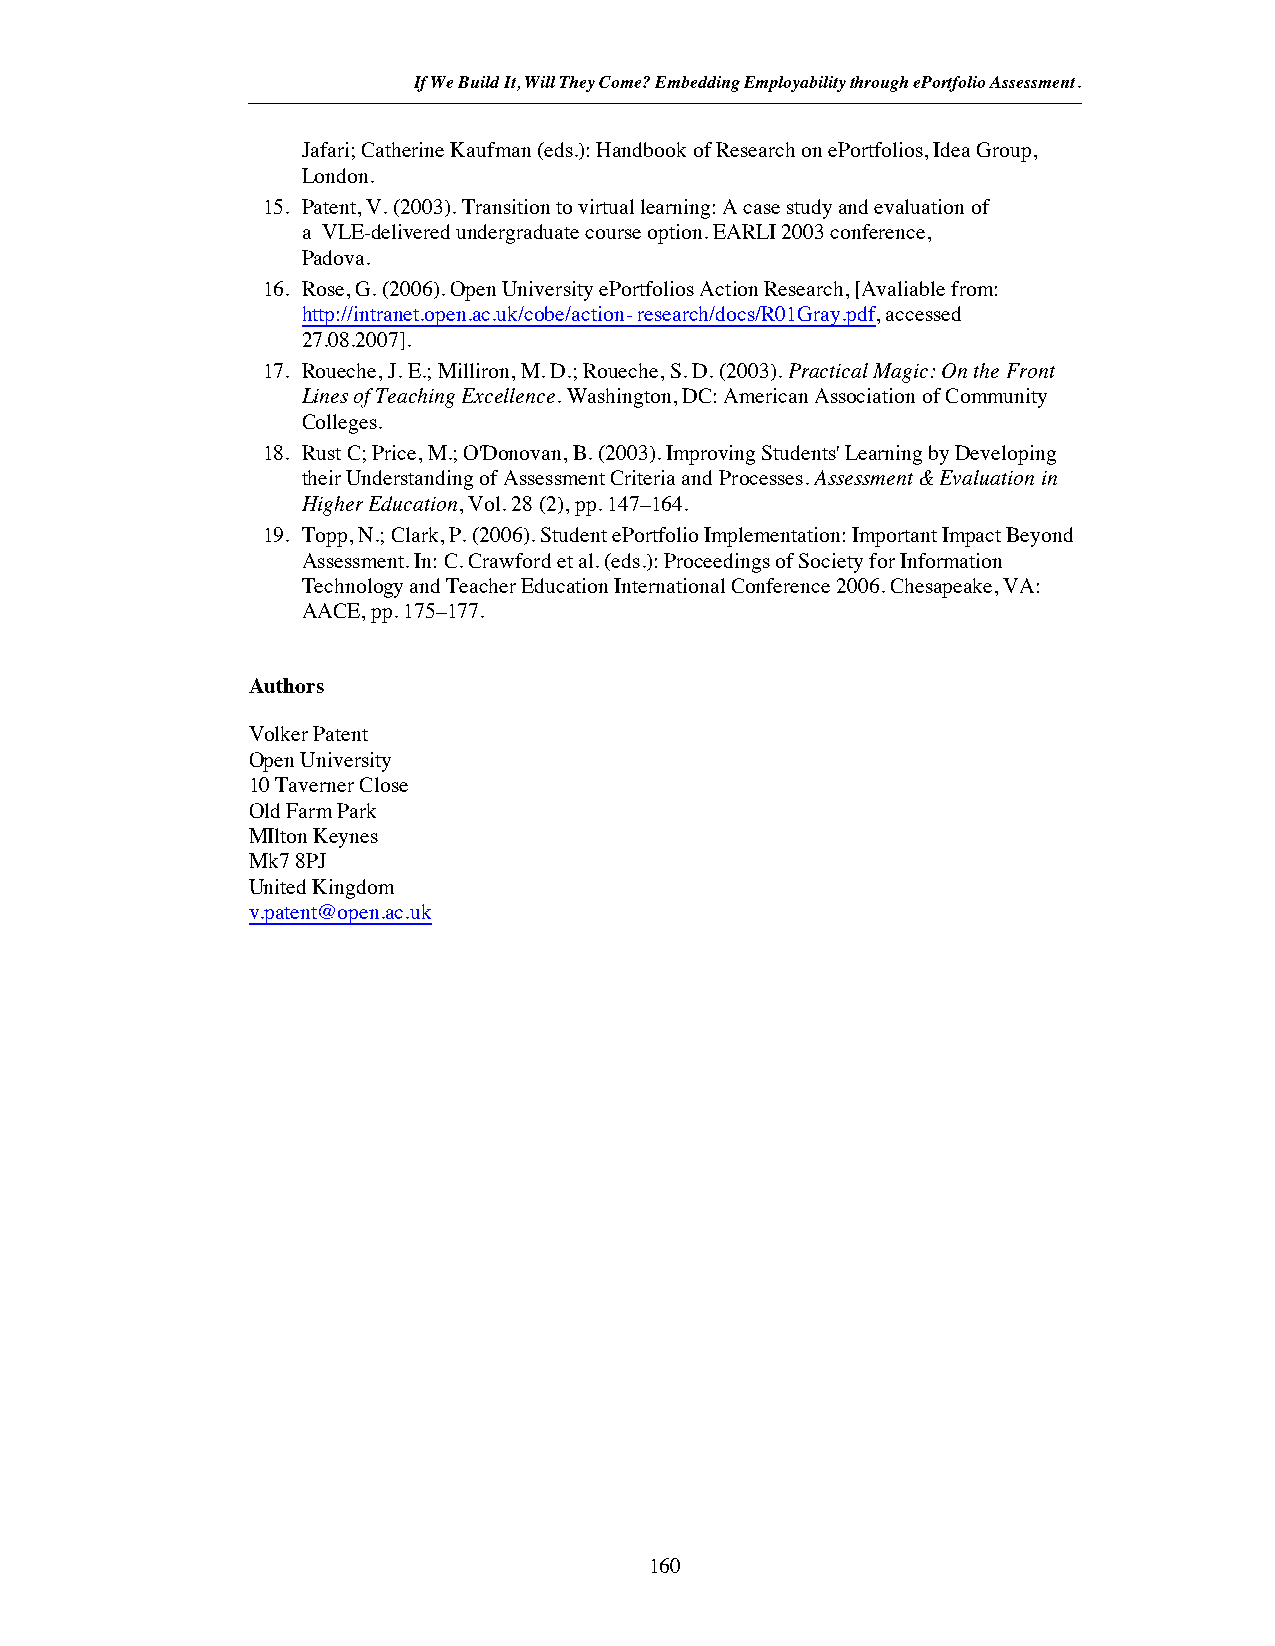
If We Build It, Will They Come? Embedding Employability through ePortfolio Assessment.
 Jafari; Catherine Kaufman (eds.): Handbook of Research on ePortfolios, Idea Group,
 London.
 15. Patent, V. (2003). Transition to virtual learning: A case study and evaluation of
 a VLE-delivered undergraduate course option. EARLI 2003 conference,
 Padova.
 16. Rose, G. (2006). Open University ePortfolios Action Research, [Avaliable from:
 http://intranet.open.ac.uk/cobe/action- research/docs/R01Gray.pdf, accessed
 27.08.2007].
 17. Roueche, J. E.; Milliron, M. D.; Roueche, S. D. (2003).Practical Magic: On the Front
 Lines of Teaching Excellence. Washington, DC: American Association of Community
 Colleges.
 18. Rust C; Price, M.; O'Donovan, B. (2003). Improving Students' Learning by Developing
 their Understanding of Assessment Criteria and Processes. Assessment & Evaluation in
 Higher Education, Vol. 28 (2), pp. 147–164.
 19. Topp, N.; Clark, P. (2006). Student ePortfolio Implementation: Important Impact Beyond
 Assessment. In: C. Crawford et al. (eds.): Proceedings of Society for Information
 Technology and Teacher Education International Conference 2006. Chesapeake, VA:
 AACE, pp. 175–177.
 Authors
 Volker Patent
 Open University
 10 Taverner Close
 Old Farm Park
 MIlton Keynes
 Mk7 8PJ
 United Kingdom
 v.patent@open.ac.uk
 160